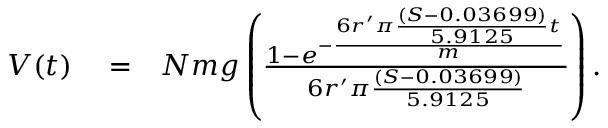
\begin{array} { r l r } { V ( t ) } & { { } = } & { N m g \left( { \frac { 1 - e ^ { - { \frac { 6 r ^ { \prime } \pi { \frac { ( S - 0 . 0 3 6 9 9 ) } { 5 . 9 1 2 5 } } t } { m } } } } { 6 r ^ { \prime } \pi { \frac { ( S - 0 . 0 3 6 9 9 ) } { 5 . 9 1 2 5 } } } } \right) . } \end{array}